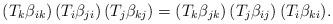
LaTeX: \begin{align*}(T_k\beta_{ik})\, (T_i\beta_{ji})\, (T_j\beta_{kj})=(T_k\beta_{jk})\, (T_j\beta_{ij})\, (T_i\beta_{ki}).\end{align*}